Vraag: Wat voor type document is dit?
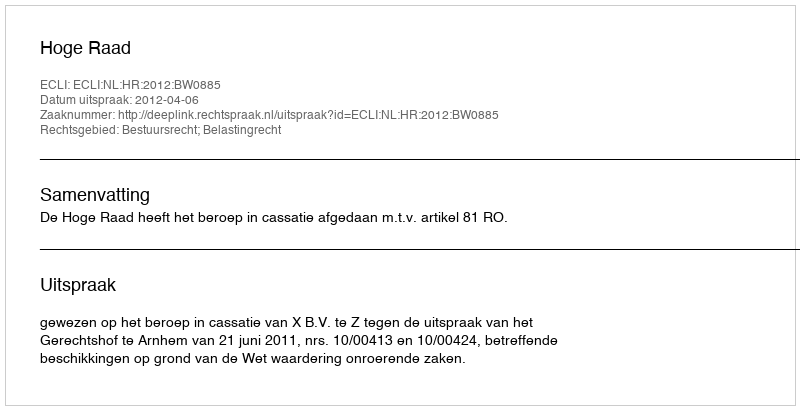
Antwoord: Uitspraak